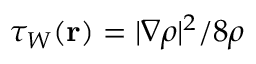
\tau _ { W } ( \mathbf { r } ) = | \nabla \rho | ^ { 2 } / 8 \rho